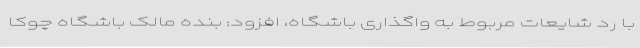
با رد شایعات مربوط به واگذاری باشگاه، افزود: بنده مالک باشگاه چوکا